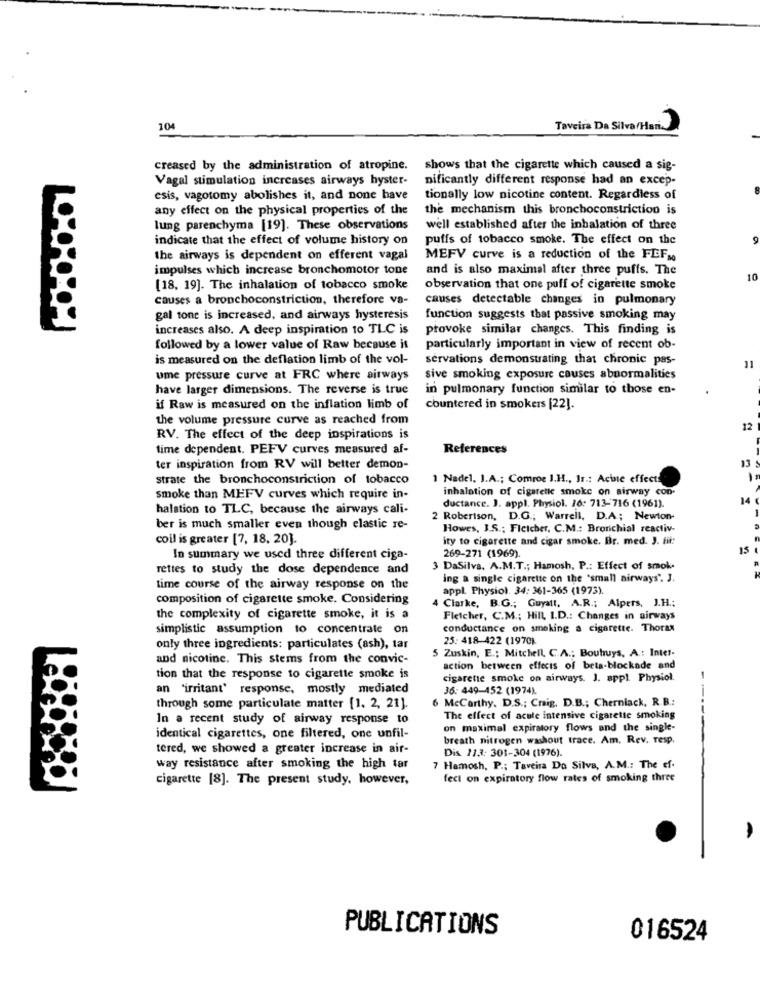
104
Taveira Da Silva/Han.
creased by the administration of atropine.
shows that the cigarette which caused a sig-
Vagal stimulation increases airways hyster-
nificantly different response had an excep-
csis, vagotomy abolishes it, and none have
tionally low nicotine content. Regardless of
any effect on the physical properties of the
the mechanism this bronchoconstriction is
lung parenchyma [19]. These observations
well established after the inhalation of three
indicate that the effect of volume history on
puffs of tobacco smoke. The effect on the
the airways is dependent on efferent vagal
MEFV curve is a reduction of the FEF.
impulses which increase bronchomotor tone
and is also maximal after three puffs. The
10
[18. 19]. The inhalation of tobacco smoke
observation that one puff of cigarette smoke
causes a bronchoconstriction, therefore va-
causes detectable changes in pulmonary
gal tone is increased, and airways hysteresis
function suggests that passive smoking may
increases also. A deep inspiration to TLC is
provoke similar changes. This finding is
followed by a lower value of Raw because it
particularly important in view of recent ob-
is measured on the deflation limb of the vol-
servations demonstrating that chronic pas-
11
ume pressure curve at FRC where airways
sive smoking exposure causes abnormalities
have larger dimensions. The reverse is true
in pulmonary function similar to those en-
if Raw is measured on the inflation limb of
countered in smokers [22].
the volume pressure curve as reached from
12
RV. The effect of the deep inspirations is
time dependent. PEFV curves measured af-
References
13
ter inspiration from RV will better demon-
strate the bronchoconstriction of tobacco
1 Nadel. I.A .; Comroe 1.H ., Is .: Acine effect!
-
inhalation of cigarette smoke on airway con-
smoke than MEFV curves which require in-
halation to TLC, because the airways cali-
ductance. J. appl. Physiol. 16: 713-716 (1961).
2 Robertson, D.G .; Warrell, D.A; Newton-
ber is much smaller even though elastic re-
Howes, I.S .; Ficicher, C.M .: Bronchial reactiv-
coil is greater [7, 18. 20].
ity to cigarette and cigar smoke. Br. med. J. fit:
15
In summary we used three different ciga-
269-271 (1969)
rettes to study the dose dependence and
3 DaSilva, A.M.T .; Hamosh, P .: Effect of smok.
ing a single cigarette on the 'small airways". J.
time course of the airway response on the
appl Physiol. 34: 361-365 (1973).
composition of cigarette smoke. Considering
4 Clarke, B.G .; Guyall, A.R .; Alpers, J.H .;
the complexity of cigarette smoke, it is a
Fletcher, C.M .; Hill, I.D .: Changes in airways
simplistic assumption to concentrate on
conductance on smoking a cigarette. Thorax
25: 418-422 (1970)
only three ingredients: particulates (ash), tar
5 Zuskin, E .: Mitchell, C.A .; Bouhuys, A .: Intet-
and nicotine. This stems from the convic-
action between effects of beta-blockade and
tion that the response to cigarette smoke is
cigarette smoke on airways. J. appl Physiol.
-
an "irritant' response, mostly mediated
36: 449-452 (1974).
through some particulate matter [1, 2, 21].
6 Mccarthy, D.S .; Craig, D.B .; Cherniack, R.B .:
In a recent study of airway response to
The effect of acute intensive cigarette smoking
on maximal expiratory flows and the single-
identical cigarettes, one filtered, one unfil-
breath nitrogen washout trace. Am. Rev. resp.
tered, we showed a greater increase in air-
Dis. 113: 301-304 (1976).
way resistance after smoking the high tar
7 Hamosh, P .; Taveira Da Silva, A.M .: The ef-
cigarette [8]. The present study. however,
fect on expiratory flow rates of smoking three
PUBLICATIONS
016524